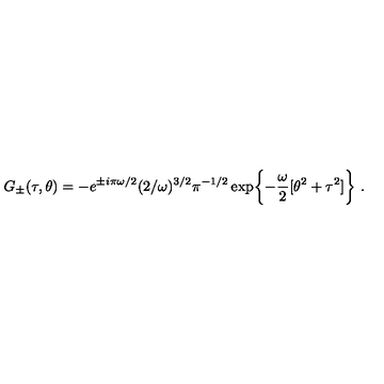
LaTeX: G _ { \pm } ( \tau , \theta ) = - e ^ { \pm i \pi \omega / 2 } ( 2 / \omega ) ^ { 3 / 2 } \pi ^ { - 1 / 2 } \exp \biggl \{ - \frac { \omega } { 2 } [ \theta ^ { 2 } + \tau ^ { 2 } ] \biggr \} \ .